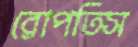
রোপতিস